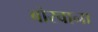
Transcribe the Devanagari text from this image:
बोस्वाना